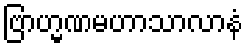
ဗြာဟ္မဏမဟာသာလာနံ